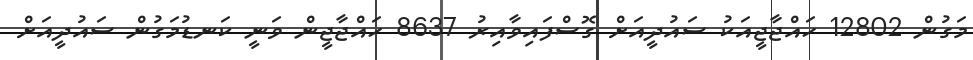
މަގުން 12802 ހައްޖާޖީއަކު ސައުދީއަށް ގޮސްފައިވާއިރު 8637 ހައްޖާޖީން ވަނީ ކަނޑުމަގުން ސައުދީއަށް